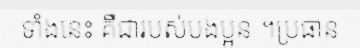
ទាំងនេះ គឺជារបស់បងប្អូន ។ប្រធាន